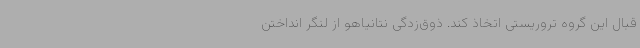
قبال این گروه تروریستی اتخاذ کند. ذوق‌زدگی نتانیاهو از لنگر انداختن